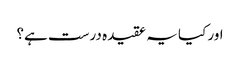
اور کیا یہ عقیدہ درست ہے؟